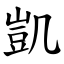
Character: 凱